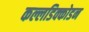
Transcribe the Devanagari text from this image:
कल्लडिक्कोडन